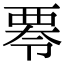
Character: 𮗁